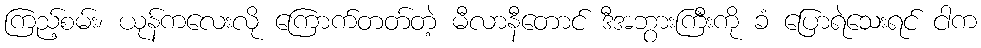
ကြည့်စမ်း၊ ယုန်ကလေးလို ကြောက်တတ်တဲ့ မီလာနီတောင် ဒီအဘွားကြီးကို ခံ ပြောရဲသေးရင် ငါက